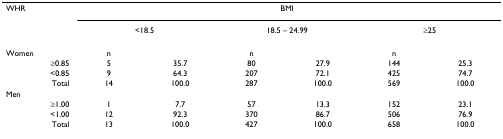
<table><thead><tr><td><b>WHR</b></td><td colspan="6"><b>BMI</b></td></tr><tr><td></td><td colspan="2"><b>&lt;18.5</b></td><td colspan="2"><b>18.5 – 24.99</b></td><td colspan="2"><b>≥25</b></td></tr></thead><tbody><tr><td>Women</td><td>n</td><td></td><td>n</td><td></td><td>n</td><td></td></tr><tr><td>≥0.85</td><td>5</td><td>35.7</td><td>80</td><td>27.9</td><td>144</td><td>25.3</td></tr><tr><td>&lt;0.85</td><td>9</td><td>64.3</td><td>207</td><td>72.1</td><td>425</td><td>74.7</td></tr><tr><td>Total</td><td>14</td><td>100.0</td><td>287</td><td>100.0</td><td>569</td><td>100.0</td></tr><tr><td>Men</td><td></td><td></td><td></td><td></td><td></td><td></td></tr><tr><td>≥1.00</td><td>1</td><td>7.7</td><td>57</td><td>13.3</td><td>152</td><td>23.1</td></tr><tr><td>&lt;1.00</td><td>12</td><td>92.3</td><td>370</td><td>86.7</td><td>506</td><td>76.9</td></tr><tr><td>Total</td><td>13</td><td>100.0</td><td>427</td><td>100.0</td><td>658</td><td>100.0</td></tr></tbody></table>